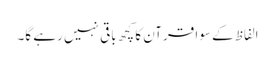
الفاظ کے سوا قرآن کا کچھ باقی نہیں رہے گا۔